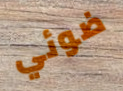
ضوئي